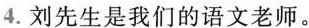
4.刘先生是我们的语文老师。